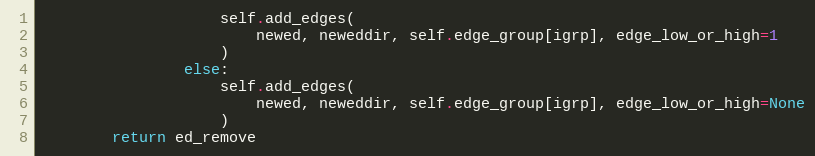
Language: Python
                    self.add_edges(
                        newed, neweddir, self.edge_group[igrp], edge_low_or_high=1
                    )
                else:
                    self.add_edges(
                        newed, neweddir, self.edge_group[igrp], edge_low_or_high=None
                    )
        return ed_remove